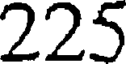
225